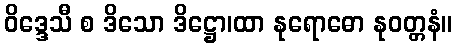
ဝိဒ္ဒေသီ စ ဒိသော ဒိဋ္ဌော၊ထာ နုရောဓော နုဝတ္တနံ။